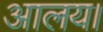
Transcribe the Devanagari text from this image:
आलय।